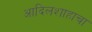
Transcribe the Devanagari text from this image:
आदिलशाहाचा